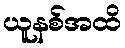
ယူနစ်အထိ